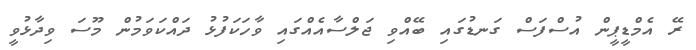
ރޭ އެމްޑީޕީން އުސްފަސް ގަނޑުގައި ބޭއްވި ޖަލްސާއެއްގައި ވާހަކަފުޅު ދައްކަވަމުން މޫސަ ވިދާޅުވީ